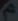
a